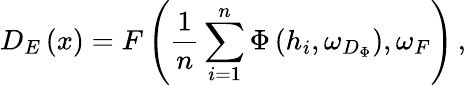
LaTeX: D_{E}\left(x\right)=F\left(\frac{1}{n}\sum_{i=1}^{n}\Phi\left(h_{i},\omega_{D_{\Phi}}\right),\omega_{F}\right)\, ,